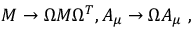
M \rightarrow \Omega M \Omega ^ { T } , A _ { \mu } \rightarrow \Omega A _ { \mu } { } ~ ,